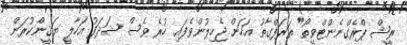
ރީޝް ޕްރެގްނެންޓްވީތޯ" ތަރަފްގާތު އަހަން ޖެހިލުންވެފައި ހުރެ ވެސް ޝަދަފު އަހާލީ ޔަޤީންކުރަން